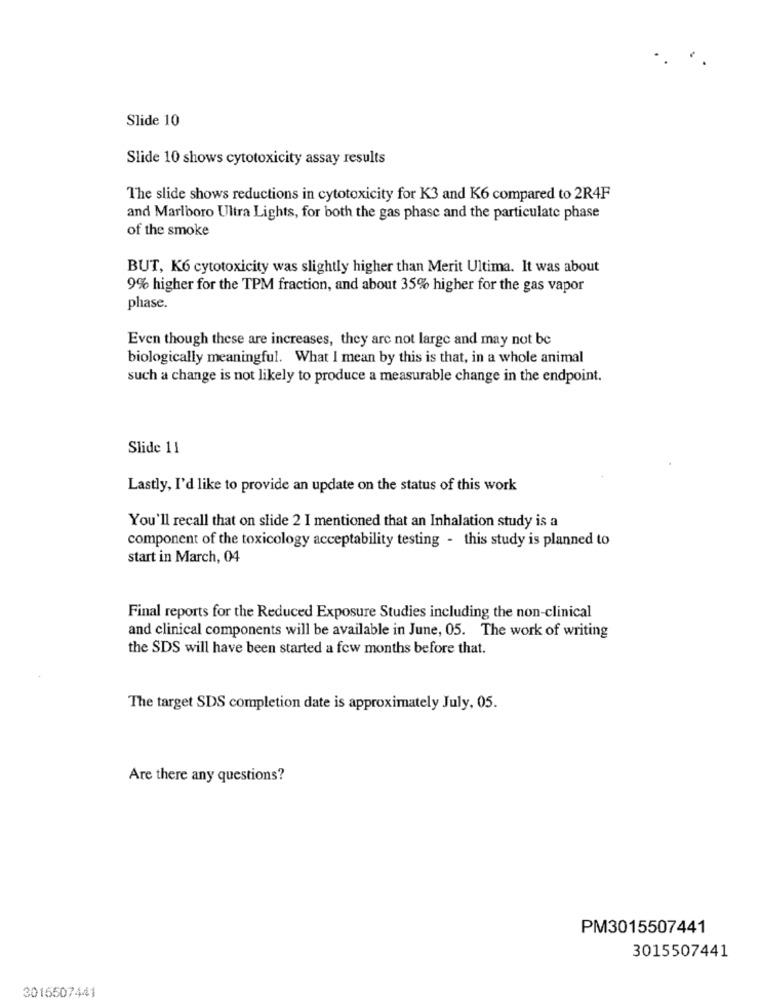
Slide 10
Slide 10 shows cytotoxicity assay results
The slide shows reductions in cytotoxicity for K3 and K6 compared to 2R4F
and Marlboro Ultra Lights, for both the gas phase and the particulate phase
of the smoke
BUT, K6 cytotoxicity was slightly higher than Merit Ultima. It was about
9% higher for the TPM fraction, and about 35% higher for the gas vapor
phase.
Even though these are increases, they are not large and may not be
biologically meaningful. What I mean by this is that, in a whole animal
such a change is not likely to produce a measurable change in the endpoint.
Slide 11
Lastly, I'd like to provide an update on the status of this work
You'll recall that on slide 2 I mentioned that an Inhalation study is a
component of the toxicology acceptability testing - this study is planned to
start in March, 04
Final reports for the Reduced Exposure Studies including the non-clinical
and clinical components will be available in June, 05. The work of writing
the SDS will have been started a few months before that.
The target SDS completion date is approximately July, 05.
Are there any questions?
PM3015507441
3015507441
3015507441